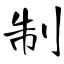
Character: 制